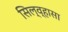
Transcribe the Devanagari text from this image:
सिल्व्हासा